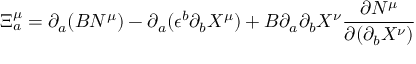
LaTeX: \Xi _ { a } ^ { \mu } = \partial _ { a } ( B N ^ { \mu } ) - \partial _ { a } ( \epsilon ^ { b } \partial _ { b } X ^ { \mu } ) + B \partial _ { a } \partial _ { b } X ^ { \nu } \frac { \partial N ^ { \mu } } { \partial ( \partial _ { b } X ^ { \nu } ) }